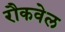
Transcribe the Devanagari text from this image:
रौकवेल